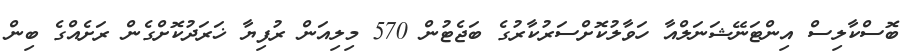
ބޮސްކާލިސް އިންޓަނޭޝަނަލްއާ ހަވާލުކޮށްސަރުކާރުގެ ބަޖެޓުން 570 މިލިއަން ރުފިޔާ ޚަރަދުކޮށްގެން ރަށެއްގެ ބިން